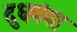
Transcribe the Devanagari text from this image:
दुधगंगा